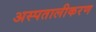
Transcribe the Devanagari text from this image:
अस्पतालीकरण